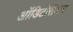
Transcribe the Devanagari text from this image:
ऑडिटोरीअम